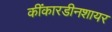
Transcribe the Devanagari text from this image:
कींकारडीनशायर